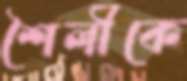
শৈলীকে